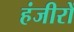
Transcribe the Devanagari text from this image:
हंजीरों